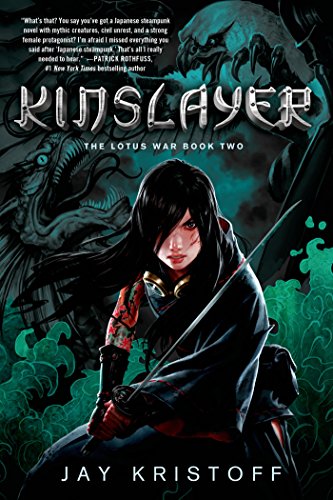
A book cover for Kinslayer: The Lotus War Book Two; Jay Kristoff; Science Fiction & Fantasy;